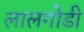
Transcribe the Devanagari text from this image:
लालगोडी